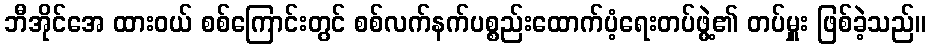
ဘီအိုင်အေ ထားဝယ် စစ်ကြောင်းတွင် စစ်လက်နက်ပစ္စည်းထောက်ပံ့ရေးတပ်ဖွဲ့၏ တပ်မှူး ဖြစ်ခဲ့သည်။